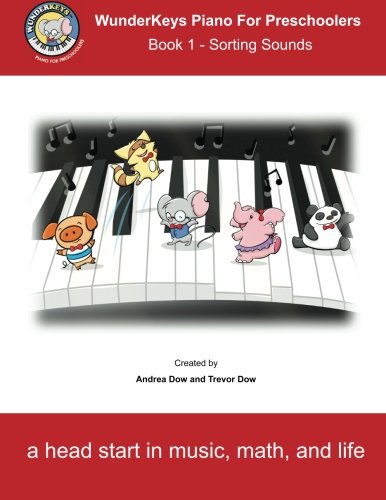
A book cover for WunderKeys Piano For Preschoolers: Book 1 - Sorting Sounds; Andrea Dow; Education & Teaching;